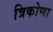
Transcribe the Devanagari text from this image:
त्रिकोणा